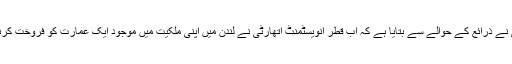
بلوم برگ نیوز ایجنسی نے ذرائع کے حوالے سے بتایا ہے کہ اب قطر انویسٹمنٹ اتھارٹی نے لندن میں اپنی ملکیت میں موجود ایک عمارت کو فروخت کرنے کا ارادہ کر لیا ہے۔